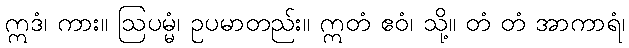
ဣဒံ၊ ကား။ ဩပမ္မံ၊ ဥပမာတည်း။ ဣတံ ဧဝံ၊ သို့။ တံ တံ အာကာရံ၊